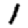
Digit: 1